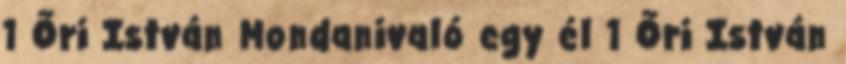
1 Őri István Mondanivaló egy él 1 Őri István